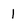
Character: 1